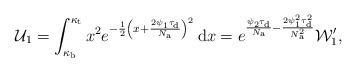
LaTeX: \begin{align*}\mathcal{U}_1=\int_{\kappa_{\rm b}}^{\kappa_{\rm t}}{x^2}e^{-\frac{1}{2}\left(x+\frac{2\psi_{1}\tau_{\rm d}}{N_{\rm a}}\right)^2}\,\mathrm{d} x=e^{\frac{\psi_{2}\tau_{\rm d}}{N_{\rm a}}-\frac{2\psi_{1}^2\tau_{\rm d}^2}{N_{\rm a}^2}}\mathcal{W}_1',\end{align*}